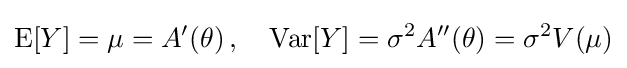
\operatorname {E} [Y]=\mu =A'(\theta )\,,\quad \operatorname {Var} [Y]=\sigma ^{2}A''(\theta )=\sigma ^{2}V(\mu )\,\!